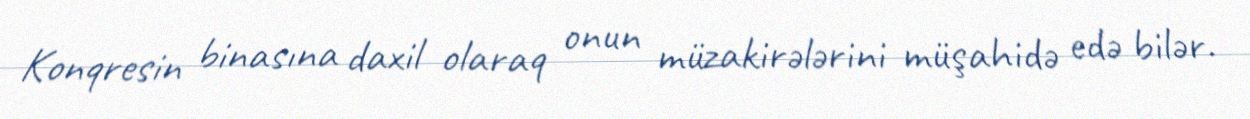
Konqresin binasına daxil olaraq onun müzakirələrini müşahidə edə bilər.